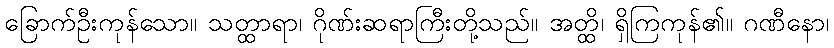
ခြောက်ဦးကုန်သော။ သတ္ထာရာ၊ ဂိုဏ်းဆရာကြီးတို့သည်။ အတ္ထိ၊ ရှိကြကုန်၏။ ဂဏီနော၊